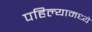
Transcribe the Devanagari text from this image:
पहिल्यामध्ये